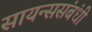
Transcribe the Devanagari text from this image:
सायन्ससंबंधी